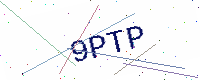
Text: 9PTP